Distribution and causation of leprosy in British India
Year: 1875
Disease focus: Leprosy
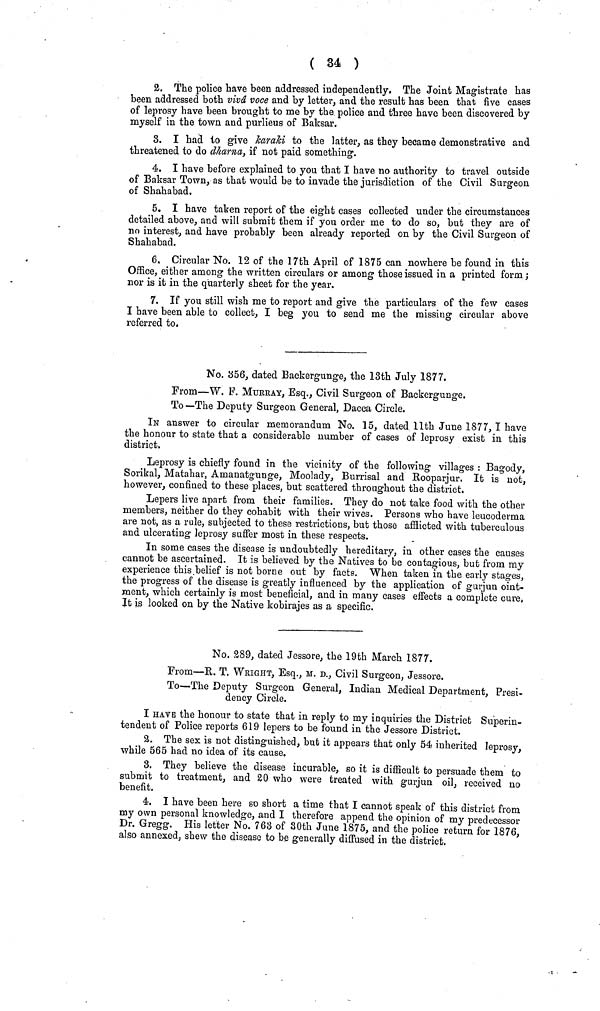
( 34 )
2. The police bave been addressed independently. The Joint Magistrate has
been addressed both viva voce and by letter, and the result has been that five cases
of leprosy have been brought to me by the police and three have been discovered by
myself in the town and purlieus of Baksar.
3. I had to give karaki to the latter, as they became demonstrative and
threatened to do dharna, if not paid something.
4. I have before explained to you that I have no authority to travel outside
of Baksar Town, as that would be to invade the jurisdiction of the Civil Surgeon
of Shahabad.
5. I have taken report of the eight cases collected under the circumstances
detailed above, and will submit them if you order me to do so, but they are of
no interest, and have probably been already reported on by the Civil Surgeon of
Shahabad.
6. Circular No. 12 of the 17th April of 1875 can nowhere be found in this
Office, either among the written circulars or among those issued in a printed form ;
nor is it in the quarterly sheet for the year.
7. If you still wish me to report and give the particulars of the few cases
I have been able to collect, I beg you to send me the missing circular above
referred to.
No. 856, dated Backergunge, the 13th July 1877.
From—W. F. MURRAY, Esq., Civil Surgeon of Backergunge.
To —The Deputy Surgeon General, Dacca Circle.
IN answer to circular memorandum No. 15, dated 11th June 1877, I have
the honour to state that a considerable number of cases of leprosy exist in this
district.
Leprosy is chiefly found in the vicinity of the following villages : Bagody,
Sorikal, Matahar, Amanatgunge, Moolady, Burrisal and Rooparjur. It is not,
however, confined to these places, but scattered throughout the district.
Lepers live apart from their families. They do not take food with the other
members, neither do they cohabit with their wives. Persons who have leucoderma
are not, as a rule, subjected to these restrictions, but those afflicted with tuberculous
and ulcerating leprosy suffer most in these respects.
In some cases the disease is undoubtedly hereditary, in other cases the causes
cannot be ascertained. It is believed by the Natives to be contagious, but from my
experience this belief is not borne out by facts. When taken in the early stages,
the progress of the disease is greatly influenced by the application of gurjun oint-
ment, which certainly is most beneficial, and in many cases effects a complete cure,
It is looked on by the Native kobirajes as a specific.
No. 289, dated Jessore, the 19th March 1877.
From—R. T. WRIGHT, Esq., M. D., Civil Surgeon, Jessore.
To—The Deputy Surgeon General, Indian Medical Department, Presi-
dency Circle.
I HAVE the honour to state that in reply to my inquiries the District Superin-
tendent of Police reports 619 lepers to be found in the Jessore District.
2. The sex is not distinguished, but it appears that only 54 inherited leprosy,
while 565 had no idea of its cause.
3. They believe the disease incurable, so it is difficult to persuade them to
submit to treatment, and 20 who were treated with gurjun oil, received no
benefit.
4. I have been here so short a time that I cannot speak of this district from
my own personal knowledge, and I therefore append the opinion of my predecessor
Dr. Gregg. His letter No. 763 of 30th June 1875, and the police return for 1876,
also annexed, shew the disease to be generally diffused in the district.